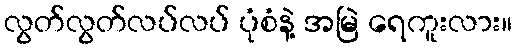
လွတ်လွတ်လပ်လပ် ပုံစံနဲ့ အမြဲ ရေကူးလား။